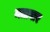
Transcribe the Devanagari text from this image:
मताघार